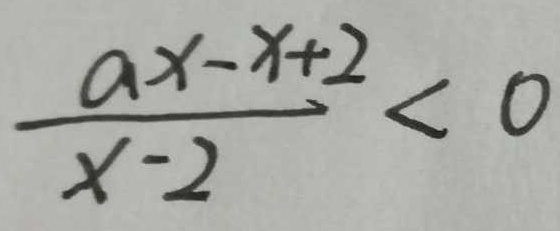
\frac { a x - x + 2 } { x - 2 } < 0